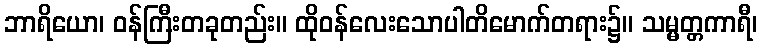
ဘာရိယော၊ ဝန်ကြီးတခုတည်း။ ထိုဝန်လေးသောပါတိမောက်တရား၌။ သမ္မတ္တကာရီ၊